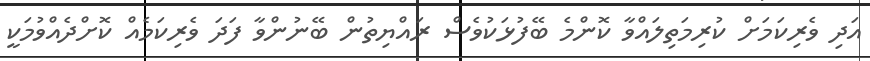
އަދި ވެރިކަމަށް ކުރިމަތިލައްވާ ކޮންމެ ބޭފުޅަކުވެސް ރައްޔިތުން ބޭނުންވާ ފަދަ ވެރިކަމެއް ކޮށްދެއްވުމަކީ